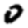
Digit: 0